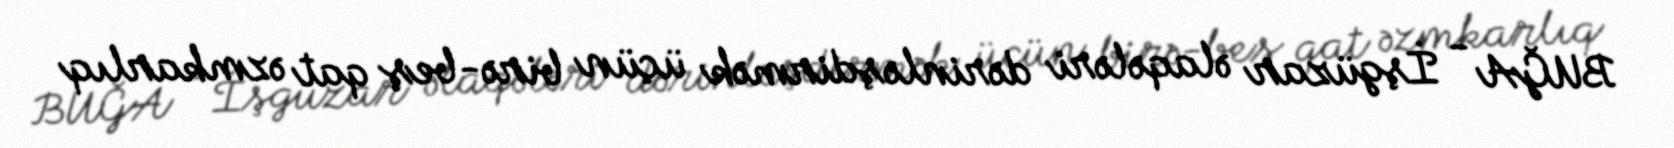
BUĞA - İşgüzar əlaqələri dərinləşdirmək üçün birə-beş qat əzmkarlıq